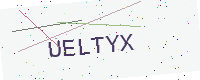
Text: UELTYX